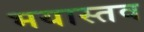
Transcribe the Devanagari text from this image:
भयास्तव